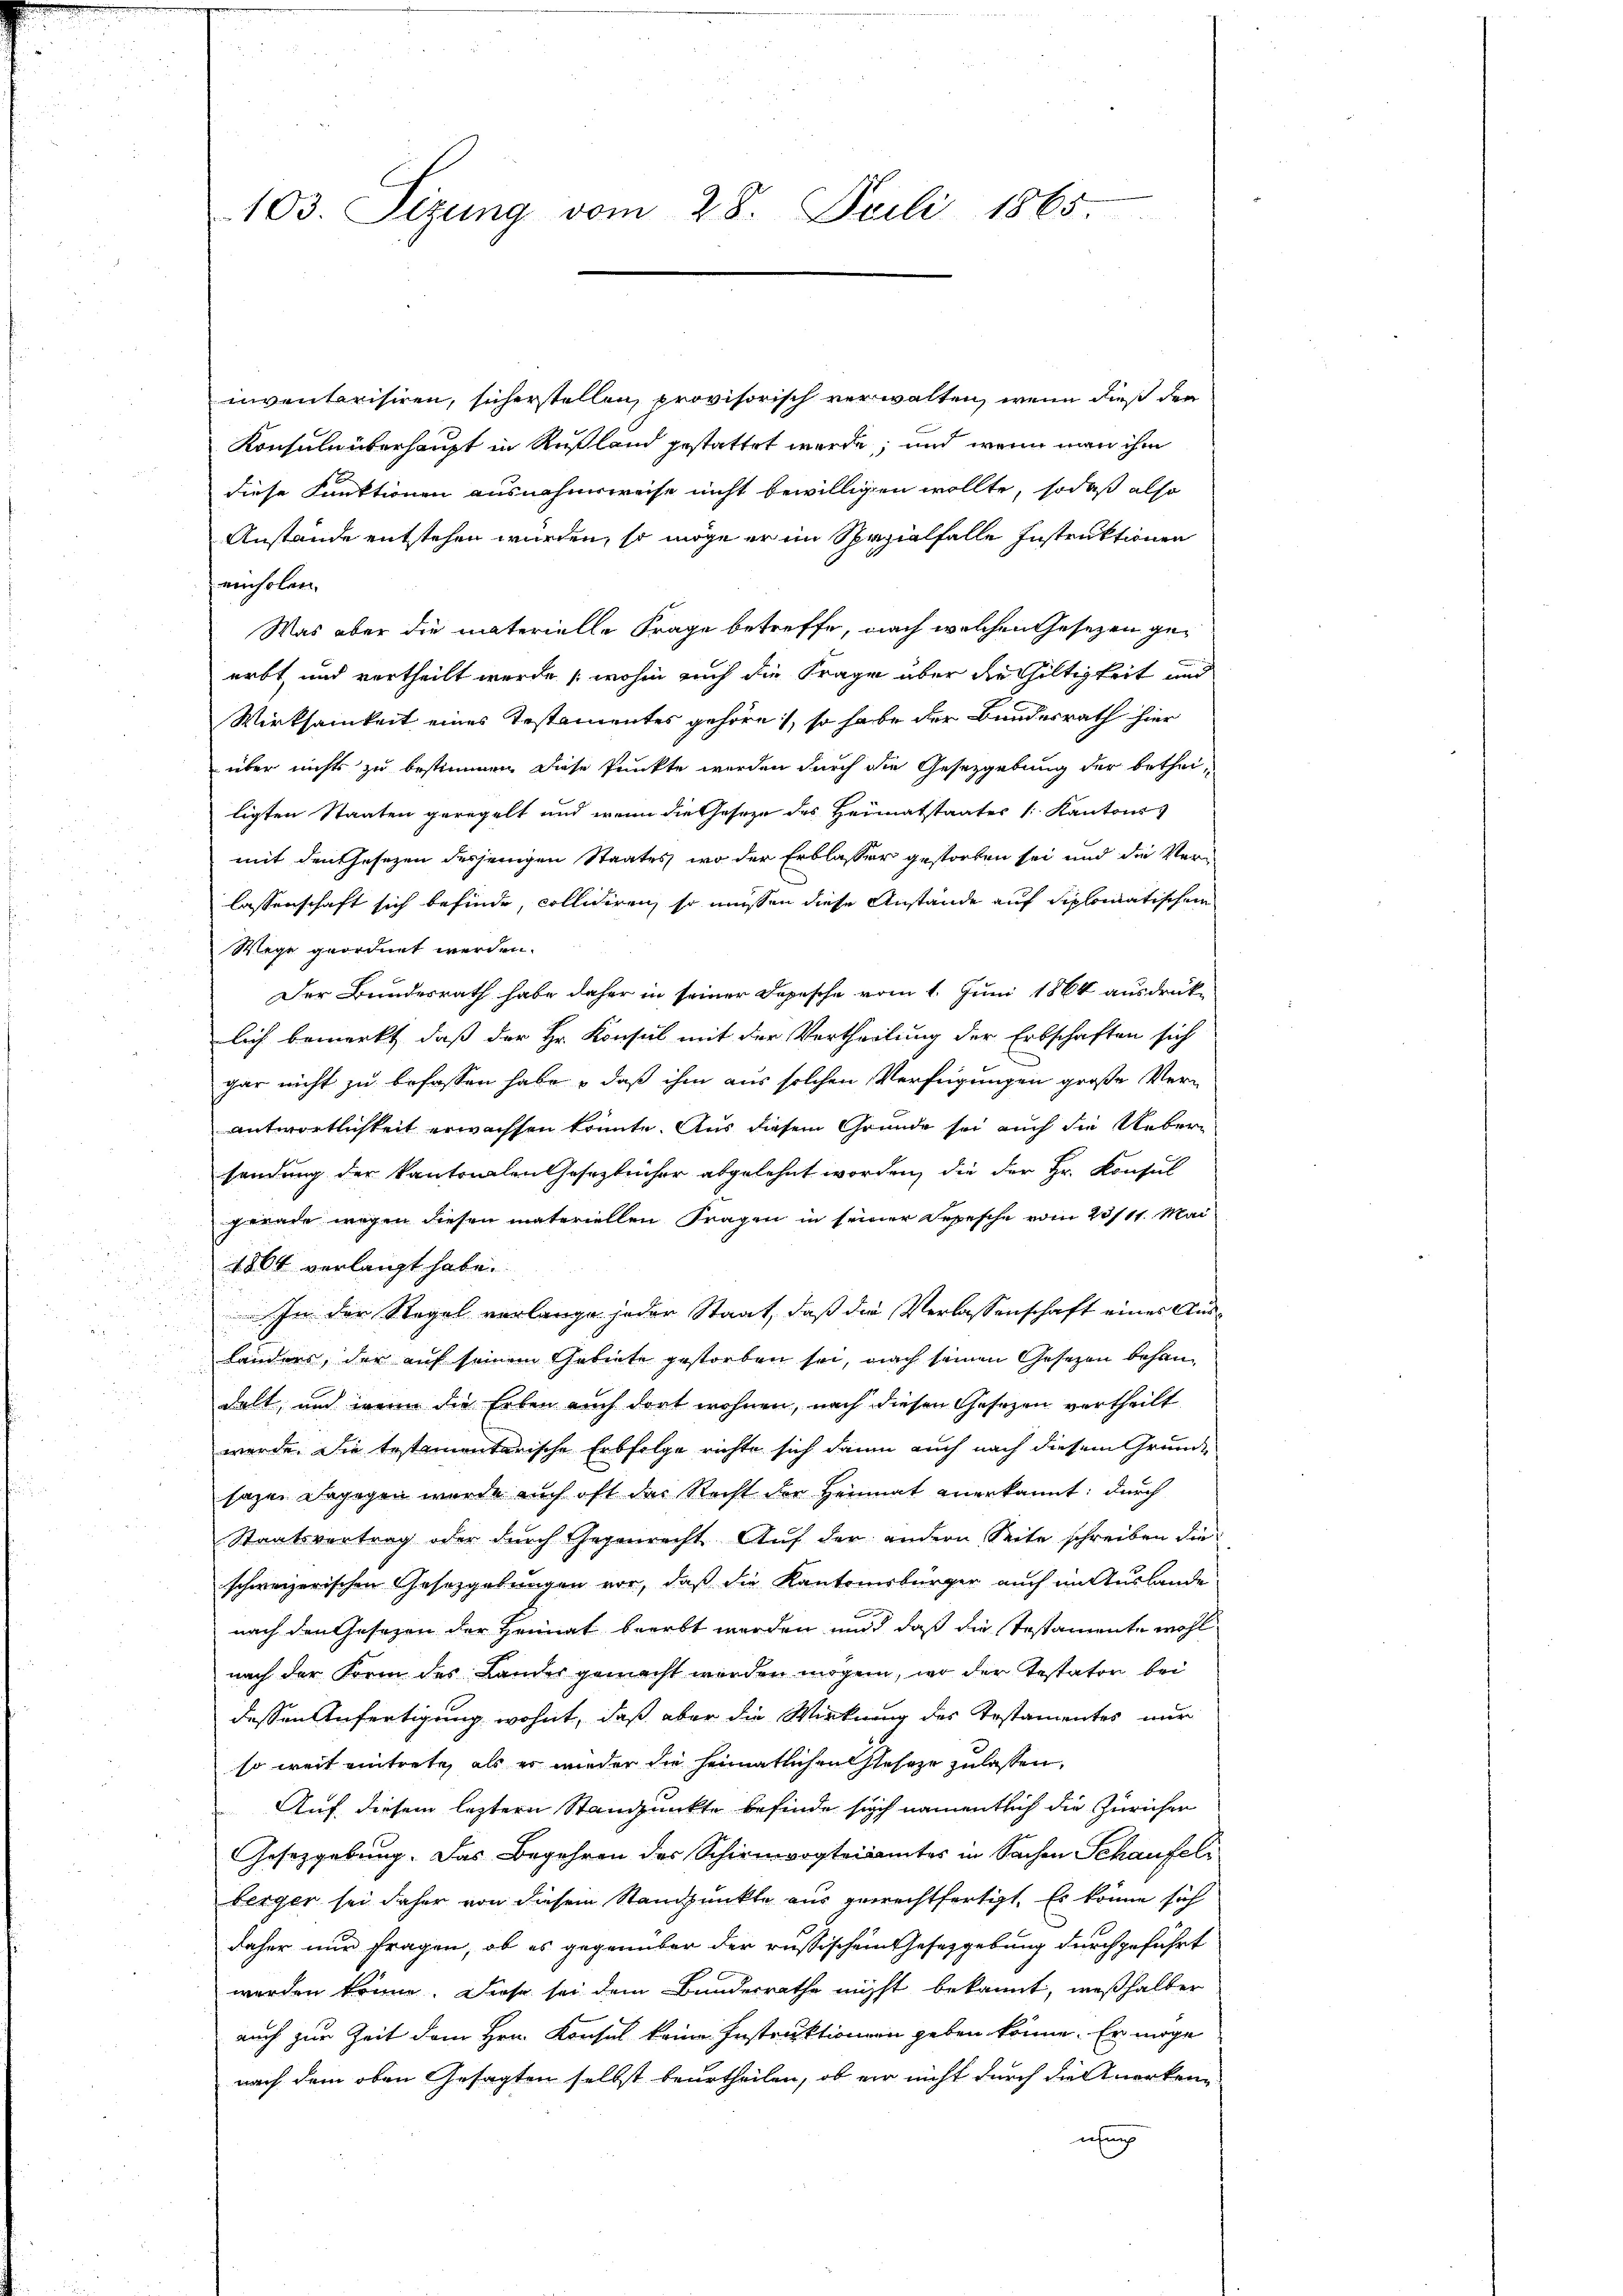
103. Sizŭng vom 28. Juli 1865.

inventarisiren, sicherstellen, provisorisch verwalten, wenn dieß der
Konsuln überhaupt in Rußland gestattet werde, und wenn man ihm
diese Funktionen ausnahmsweise nicht bewilligen wollte, sodaß also
Anstände entstehen würden, so möge er im Spezialfalle Instruktionen
einholen.
Was aber die materielle Frage betreffe, nach welchen Gesezen geerbt, und vertheilt wurde (wohin auch die Frage über die Gültigkeit und
Wirksamkeit eines Testamentes gehöre, so habe der Bundesrath hier
über nichts zu bestimmen diese Punkte werden durch die Gesetzgebung der betheiligten Staaten geregelt und wenn die Gesetze des Heimatstaates /: Kantons
mit den Gesezen desjenigen Staates, wo der Erblasser gestorben sei und die Verlassenschaft sich befinde, collidiren, so müssen diese Anstande auf diplomatischen
Wege geordnet werden.
Der Bundesrath habe daher in seiner Depesche vom 1. Juni 1864 ausdrücke
lich bemerkt, daß der Hr. Konsul mit der Vertheilung der Erbschaften sich
gar nicht zu befassen habe, daß ihm aus solchen Verfügungen große Verantwortlichkeit erwachsen könnte. Aus diesem Grunde sei auch die Uebersendung der kantonalen Gesetzbücher abgelehnt worden, die der Hr. Konsul
gerade wegen diesen materiellen Fragen in seiner Depesche vom 28/11. Mai
1864 verlangt habe.
In der Regel verlange jeder Staat, daß die Verlassenschaft eines Aus¬
u
Länders, der auf seinem Gebiete gestorben sei, nach seinen Gesetzen behandelt, und wenn die Erben auch dort wohnen, nach diesen Gesetzen vertheilt
werde. Die testamentarische Erbfolge richte sich dann auch nach diesem Grunde
sagen dagegen wurde auch oft das Recht der Heimat anerkannt: durch
Staatsvertrag oder durch Gegenrecht. Auf der andern Seite schreiben die
schweizerischen Gesetzgebungen vor, daß die Kantonsbürger auch in Auslande
b
nach den Gesetzen der Heimat beerbt werden und daß die Testamente wohl
nach der Form des Lander gemacht werden mögen, wo der Testator bei
dessen Anfertigung wohnt, daß aber die Wirkung des Testamentes nur
so weit eintrete, als er wieder die Heimatlichen Geseze zulassen,
Auf diesem leztern Standpunkte befinde sich namentlich die Zürichen
Gesetzgebung. Das Begehren der Schirmvogteiamtes in Sachen Schaufel
berger sei daher von diesem Standpunkte aus gerechtfertigt. Es könne sich
daher nur fragen, ob es gegenüber der russischem Gesetzgebung durchgeführt
werden könne. Diese sei dem Bundesrathe nicht bekannt, weßhalber
auch zur Zeit dem Hrn. Konsul keine Instruktionen geben könne. Er möge
nach dem oben Gesagten selbst beurtheilen, ob er nicht durch die Anerkennung